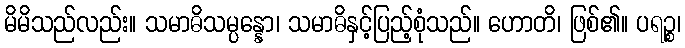
မိမိသည်လည်း။ သမာဓိသမ္ပန္နော၊ သမာဓိနှင့်ပြည့်စုံသည်။ ဟောတိ၊ ဖြစ်၏။ ပရဉ္စ၊